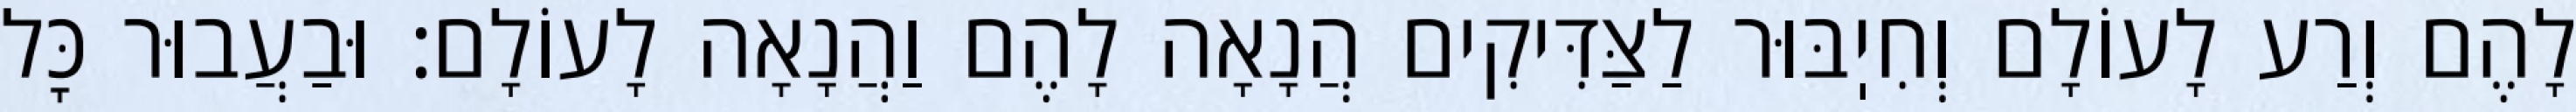
לָהֶם וְרַע לָעוֹלָם וְחִיֽבּוּר לַצַּדִּיקִים הֲנָאָה לָהֶם וַהֲנָאָה לָעוֹלָם: וּבַעֲבוּר כׇּל